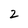
Character: 2